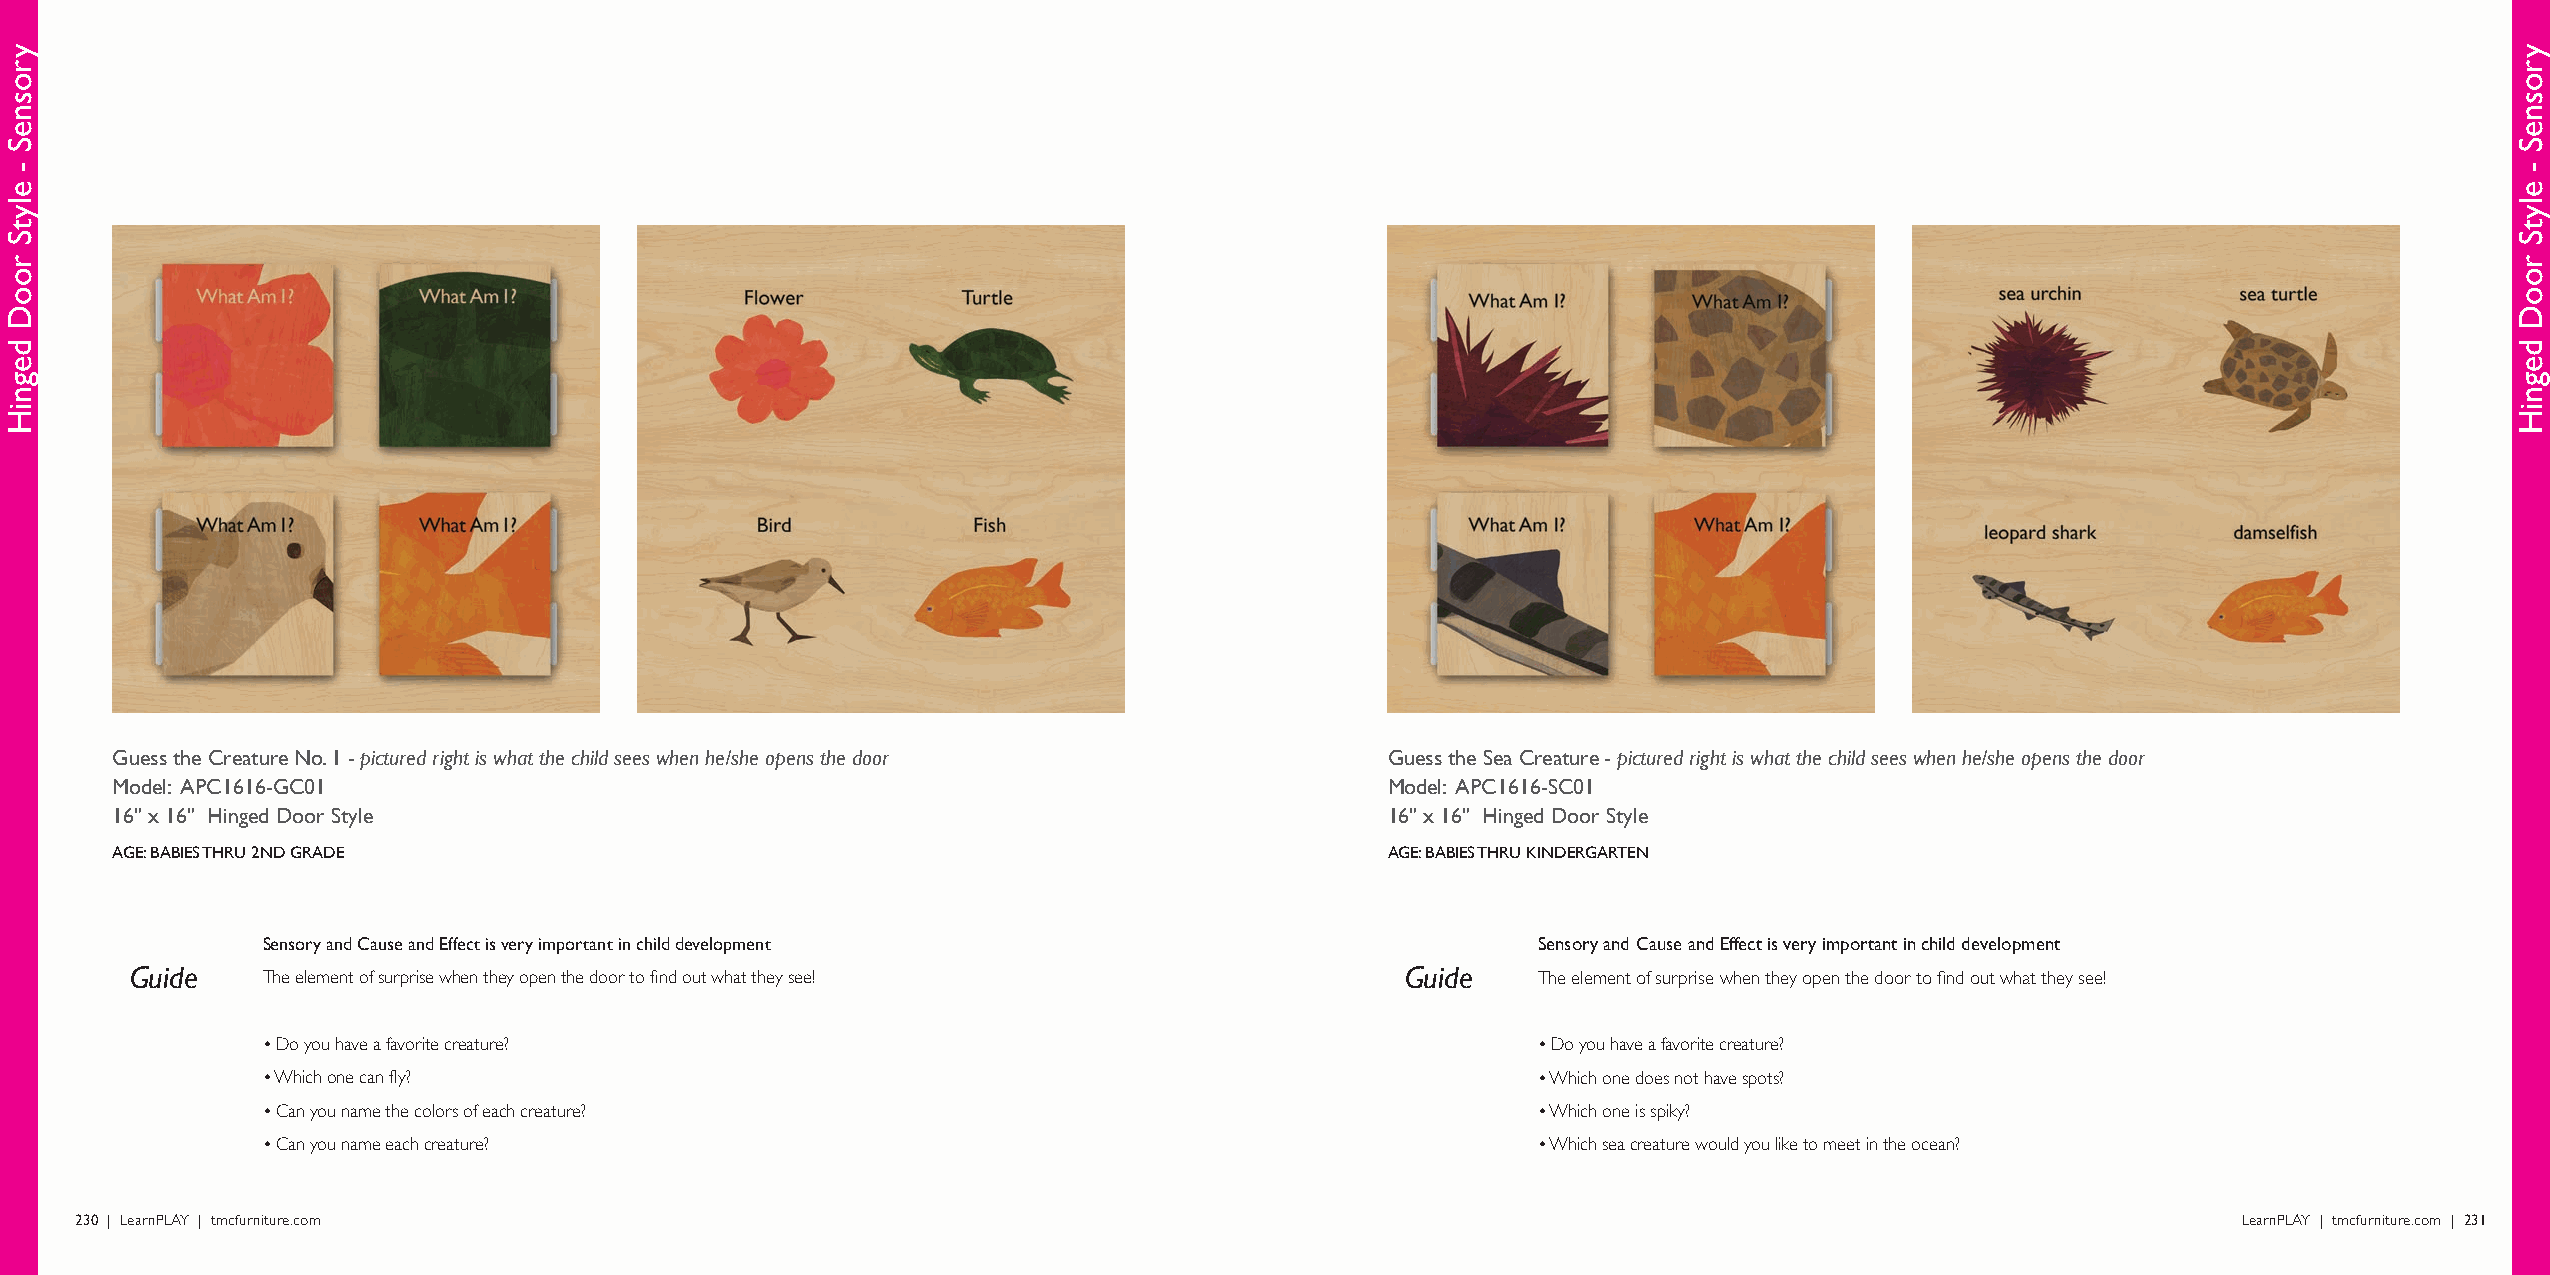
Guess the Creature No. 1 - pictured right is what the child sees when he/she opens the door Guess the Sea Creature - pictured right is what the child sees when he/she opens the door
 Model: APC1616-GC01                                                                  Model: APC1616-SC01
 16" x 16" Hinged Door Style                                                          16" x 16" Hinged Door Style
 AGE: BABIES THRU 2ND GRADE                                                           AGE: BABIES THRU KINDERGARTEN
 Sensory and Cause and Effect is very important in child development                  Sensory and Cause and Effect is very important in child development
 Guide   The element of surprise when they open the door to find out what they see!  Guide    The element of surprise when they open the door to find out what they see!
 • Do you have a favorite creature?                                                   • Do you have a favorite creature?
 • Which one can fly?                                                                 • Which one does not have spots?
 • Can you name the colors of each creature?                                          • Which one is spiky?
 • Can you name each creature?                                                        • Which sea creature would you like to meet in the ocean?
 230 | LearnPLAY | tmcfurniture.com                                                                                                             LearnPLAY | tmcfurniture.com | 231
 yrosneS
 -
 elytS
 rooD
 degniH
 yrosneS
 -
 elytS
 rooD
 degniH